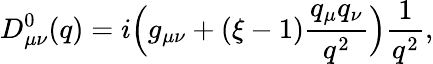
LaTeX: D_{\mu\nu}^{0}(q)=i\Bigl(g_{\mu\nu}+(\xi-1){\frac{q_{\mu}q_{\nu}}{q^{2}}}\Bigr){\frac{1}{q^{2}}},